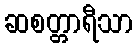
ဆစတ္တာရီသာ